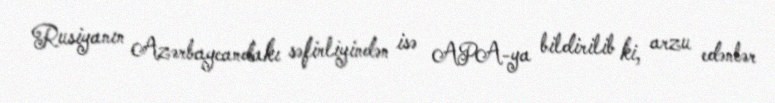
Rusiyanın Azərbaycandakı səfirliyindən isə APA-ya bildirilib ki, arzu edənlər